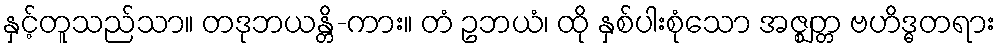
နှင့်တူသည်သာ။ တဒုဘယန္တိ-ကား။ တံ ဥဘယံ၊ ထို နှစ်ပါးစုံသော အဇ္ဈတ္တ ဗဟိဒ္ဓတရား